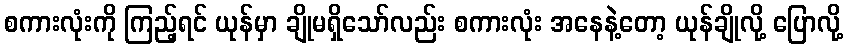
စကားလုံးကို ကြည့်ရင် ယုန်မှာ ချိုမရှိသော်လည်း စကားလုံး အနေနဲ့တော့ ယုန်ချိုလို့ ပြောလို့